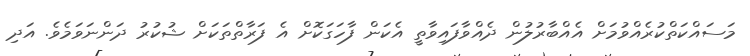
މަސައްކަތްކުރެއްވުމަށް އެއްބާރުލުން ދެއްވާފައިވާތީ އެކަން ފާހަގަކޮށް އެ ފަރާތްތަކަށް ޝުކުރު ދަންނަވަމެވެ. އަދި